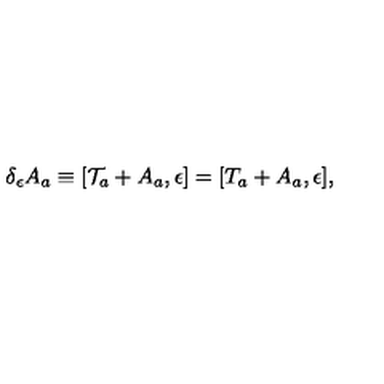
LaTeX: \delta _ { \epsilon } A _ { a } \equiv [ { \cal T } _ { a } + A _ { a } , \epsilon ] = [ T _ { a } + A _ { a } , \epsilon ] ,